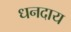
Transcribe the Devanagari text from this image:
धनदाय